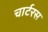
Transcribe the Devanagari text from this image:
चार्टरस